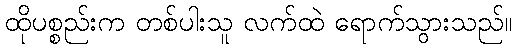
ထိုပစ္စည်းက တစ်ပါးသူ လက်ထဲ ရောက်သွားသည်။